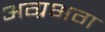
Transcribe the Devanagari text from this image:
अग्रभग